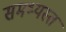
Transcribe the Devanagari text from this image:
समभ्यस्त